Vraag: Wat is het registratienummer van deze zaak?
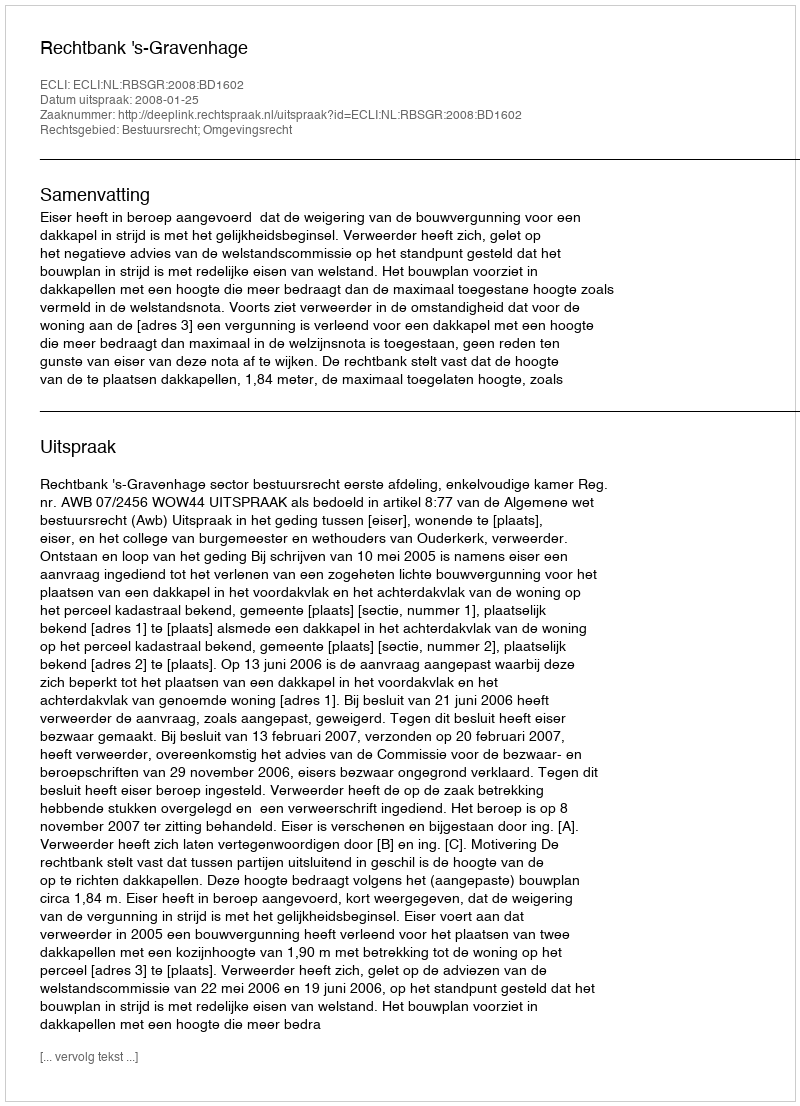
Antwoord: http://deeplink.rechtspraak.nl/uitspraak?id=ECLI:NL:RBSGR:2008:BD1602